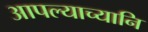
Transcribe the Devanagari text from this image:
आपल्याच्यानि